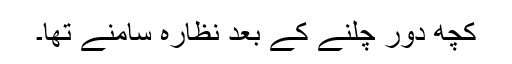
کچھ دور چلنے کے بعد نظارہ سامنے تھا۔